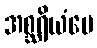
အစ္ဆရိယံပေ